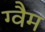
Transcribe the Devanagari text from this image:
ग्वैम